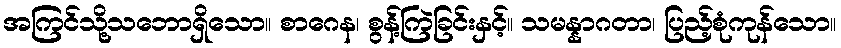
အကြင်သို့သဘောရှိသော။ စာဂေန၊ စွန့်ကြဲခြင်းနှင့်။ သမန္နာဂတာ၊ ပြည့်စုံကုန်သော။